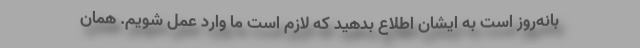
بانه‌روز است به ایشان اطلاع بدهید که لازم است ما وارد عمل شویم. همان